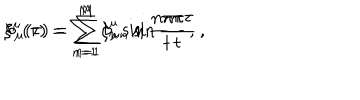
\xi ^ { \mu } ( \tau ) = \sum _ { n = 1 } ^ { M } \xi _ { n } ^ { \mu } \sin \frac { n \pi \tau } { t } \, , \hspace { 1 c m } b _ { \mu } ( \tau ) = \sum _ { n = 1 } ^ { M } b _ { \mu n } \sin \frac { n \pi \tau } { t } \, ,